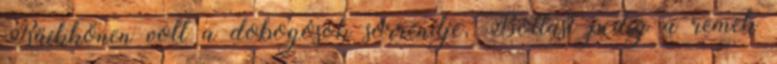
Räikkönen volt a dobogósok sorrendje, Bottast pedig a remek